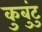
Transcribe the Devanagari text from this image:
कुबुंटु